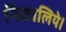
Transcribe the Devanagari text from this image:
निकालिये।